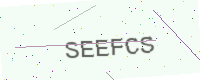
Text: SEEFCS